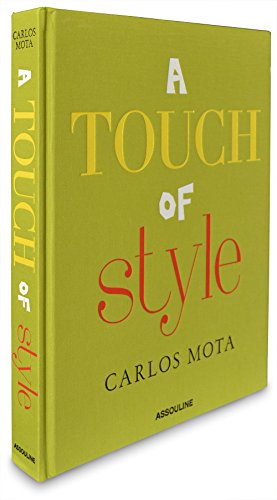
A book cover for A Touch of Style by Carlos Mota; Carlos Mota; Humor & Entertainment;